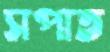
সপাত